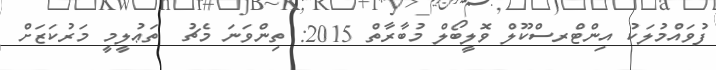
ފުވައްމުލަކު އިންޓްރސްކޫލް ވޮލީބޯލް މުބާރާތް 2015: ތިންވަނަ މެޗު  ތަޢުލީމީ މަރުކަޒަށް